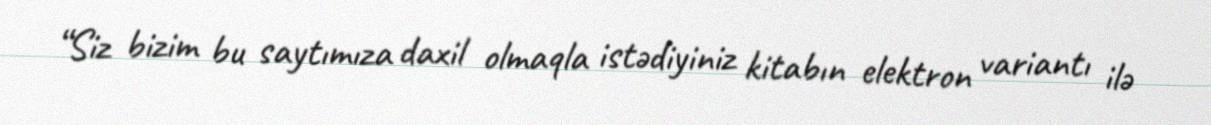
“Siz bizim bu saytımıza daxil olmaqla istədiyiniz kitabın elektron variantı ilə